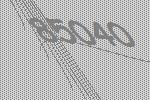
85040